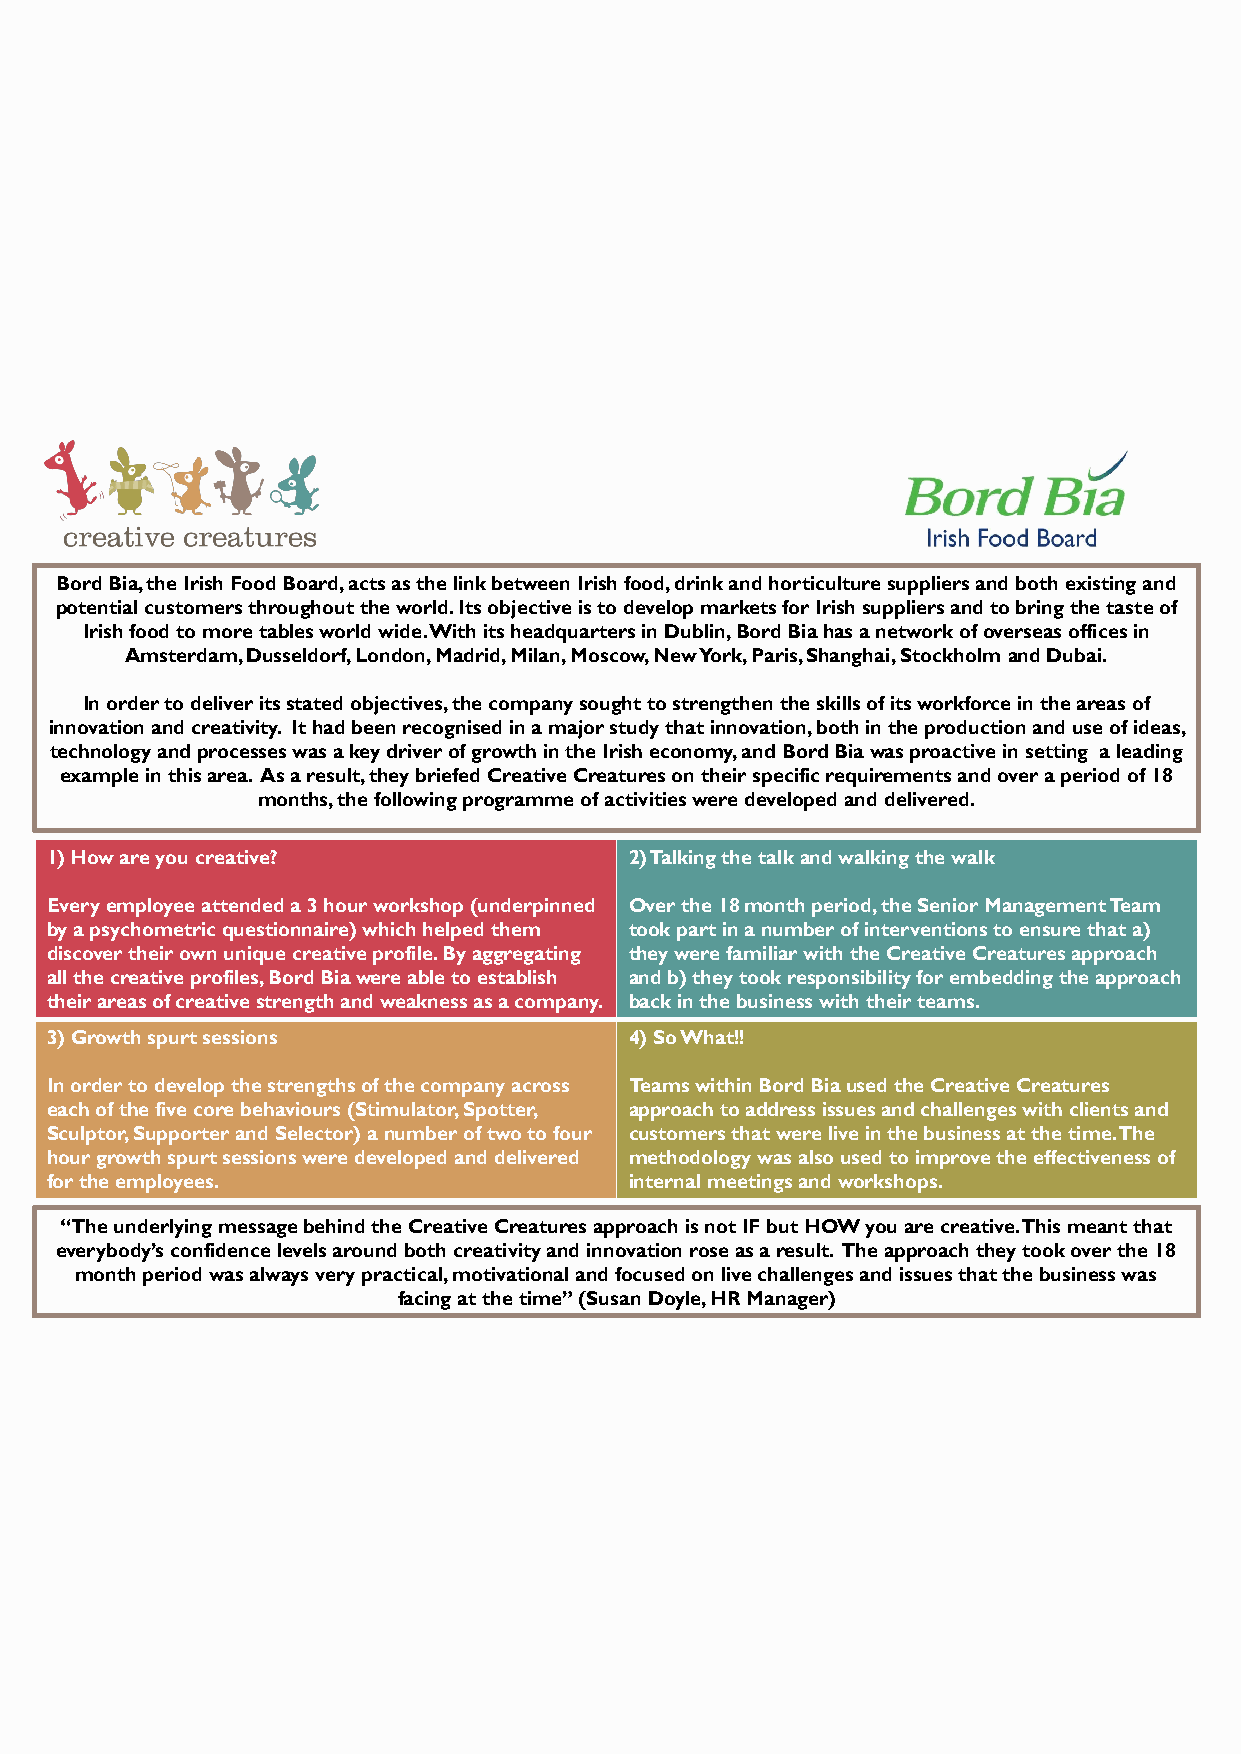
Bord Bia, the Irish Food Board, acts as the link between Irish food, drink and horticulture suppliers and both existing and
 potential customers throughout the world. Its objective is to develop markets for Irish suppliers and to bring the taste of
 Irish food to more tables world wide. With its headquarters in Dublin, Bord Bia has a network of overseas offices in
 Amsterdam, Dusseldorf, London, Madrid, Milan, Moscow, New York, Paris, Shanghai, Stockholm and Dubai.
 In order to deliver its stated objectives, the company sought to strengthen the skills of its workforce in the areas of
 innovation and creativity. It had been recognised in a major study that innovation, both in the production and use of ideas,
 technology and processes was a key driver of growth in the Irish economy, and Bord Bia was proactive in setting a leading
 example in this area. As a result, they briefed Creative Creatures on their specific requirements and over a period of 18
 months, the following programme of activities were developed and delivered.
 1) How are you creative?               2) Talking the talk and walking the walk
 Every employee attended a 3 hour workshop (underpinned Over the 18 month period, the Senior Management Team
 by a psychometric questionnaire) which helped them took part in a number of interventions to ensure that a)
 discover their own unique creative profile. By aggregating they were familiar with the Creative Creatures approach
 all the creative profiles, Bord Bia were able to establish and b) they took responsibility for embedding the approach
 their areas of creative strength and weakness as a company. back in the business with their teams.
 3) Growth spurt sessions               4) So What!!
 In order to develop the strengths of the company across Teams within Bord Bia used the Creative Creatures
 each of the five core behaviours (Stimulator, Spotter, approach to address issues and challenges with clients and
 Sculptor, Supporter and Selector) a number of two to four customers that were live in the business at the time. The
 hour growth spurt sessions were developed and delivered methodology was also used to improve the effectiveness of
 for the employees.                     internal meetings and workshops.
 “The underlying message behind the Creative Creatures approach is not IF but HOW you are creative. This meant that
 everybody’s confidence levels around both creativity and innovation rose as a result. The approach they took over the 18
 month period was always very practical, motivational and focused on live challenges and issues that the business was
 facing at the time” (Susan Doyle, HR Manager)